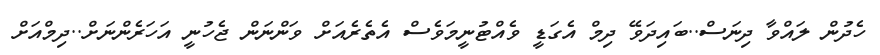
ހެދުން ލައްވާ ދިނަސް..ބައިދަވޭ ދިމް އެގަޑީ ވެއްޓުނީމަވެސް އެތެރެއަށް ވަންނަން ޖެހުނީ އަހަރެންނަށް..ދިމްއަށް